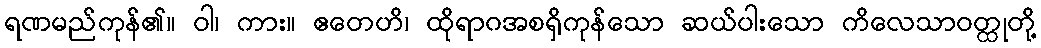
ရဏမည်ကုန်၏။ ဝါ၊ ကား။ ဧတေဟိ၊ ထိုရာဂအစရှိကုန်သော ဆယ်ပါးသော ကိလေသာဝတ္ထုတို့